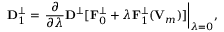
{ \displaystyle { \bf D } _ { 1 } ^ { \perp } = \left. \frac { \partial } { \partial \lambda } { \bf D } ^ { \perp } [ { \bf F } _ { 0 } ^ { \perp } + \lambda { \bf F } _ { 1 } ^ { \perp } ( { \bf V } _ { m } ) ] \right\vert _ { \lambda = 0 } } ,